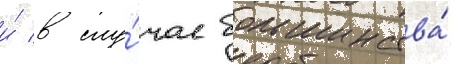
и́ в слу́чае большинства́